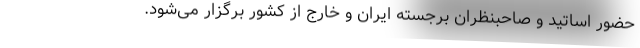
حضور اساتید و صاحبنظران برجسته ایران و خارج از کشور برگزار می‌شود.